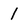
Character: 1